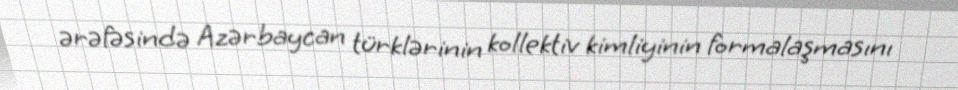
ərəfəsində Azərbaycan türklərinin kollektiv kimliyinin formalaşmasını